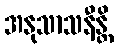
အနုသာသနီန္တိ